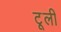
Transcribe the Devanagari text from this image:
टूली